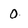
Character: 0